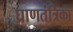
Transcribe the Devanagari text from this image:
घ्राणतंत्रिका